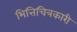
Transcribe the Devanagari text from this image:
भित्तिचित्रकारी